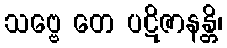
သဗ္ဗေ တေ ပဋိဇာနန္တိ၊